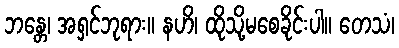
ဘန္တေ၊ အရှင်ဘုရား။ နဟိ၊ ထိုသို့မစေခိုင်းပါ။ တေသံ၊